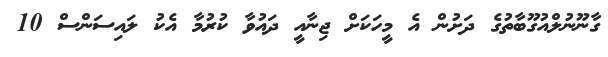
ގާނޫނުލްއުގޫބާތުގެ ދަށުން އެ މީހަކަށް ޖިނާއީ ދައުވާ ކުރުމާ އެކު ލައިސަންސް 10